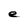
Character: e